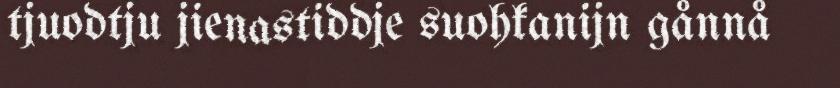
tjuodtju jienastiddje suohkanijn gånnå